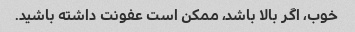
خوب، اگر بالا باشد، ممکن است عفونت داشته باشید.